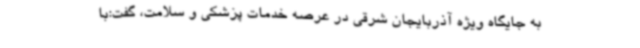
به جایگاه ویژه آذربایجان‌ شرقی در عرصه خدمات پزشکی و سلامت، گفت:با